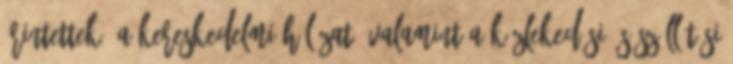
érintettek. A kereskedelmi hálózat, valamint a közlekedési és szállítási